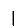
Digit: 1